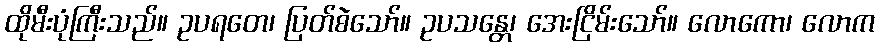
ထိုမီးပုံကြီးသည်။ ဥပရတေ၊ ပြတ်စဲသော်။ ဥပသန္တေ၊ အေးငြိမ်းသော်။ လောကော၊ လောက